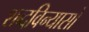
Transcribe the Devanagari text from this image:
शब्दविन्यासों